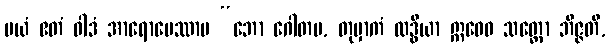
မယံ ဧတံ ဝါဒံ အာရောပေဿာမ “ဘော ဂေါတမ, တုမှာကံ လဒ္ဓိယာ ဣဓေဝ သတ္တော ဘိဇ္ဇတိ,